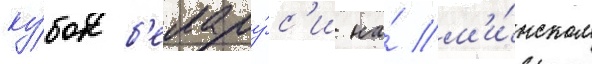
ку́бок б'елару́с'и на́ м'и́нском